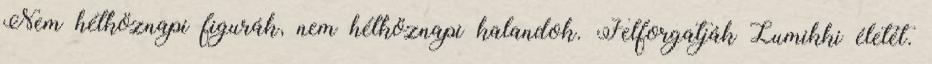
Nem hétköznapi figurák, nem hétköznapi kalandok. Felforgatják Lumikki életét.